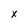
Character: x